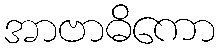
အာဗာဓိကော